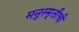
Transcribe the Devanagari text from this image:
मनुस्मृतीची